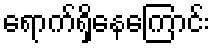
ရောက်ရှိနေကြောင်း